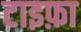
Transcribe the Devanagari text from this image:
टाइफ़ा